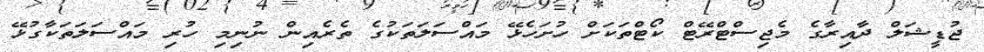
ޖުޑީޝަލް ދާއިރާގެ މެޖިސްޓްރޭޓް ކޯޓްތަކަށް ހުށަހެޅޭ މައްސަލަތަކުގެ ތެރެއިން ނުނިމި ހުރި މައްސަލަތަކާގުޅޭ